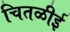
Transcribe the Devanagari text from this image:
चितळीई